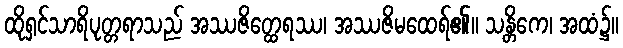
ထိုရှင်သာရိပုတ္တရာသည် အဿဇိတ္ထေရဿ၊ အဿဇိမထေရ်၏။ သန္တိကေ၊ အထံ၌။